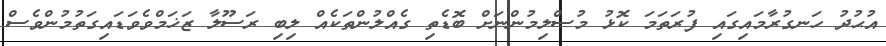
އުޙުދު ހަނގުރާމައިގައި ފުރަތަމަ ކޮޅު މުސްލިމުންނަށް ބޮޑެތި ގެއްލުންތަކެއް ލިބި ރަސޫލާ ޒަޚަމްވެވަޑައިގަތުމުންވެސް